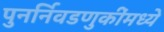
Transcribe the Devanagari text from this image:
पुनर्निवडणुकींमध्ये